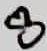
Text: 8